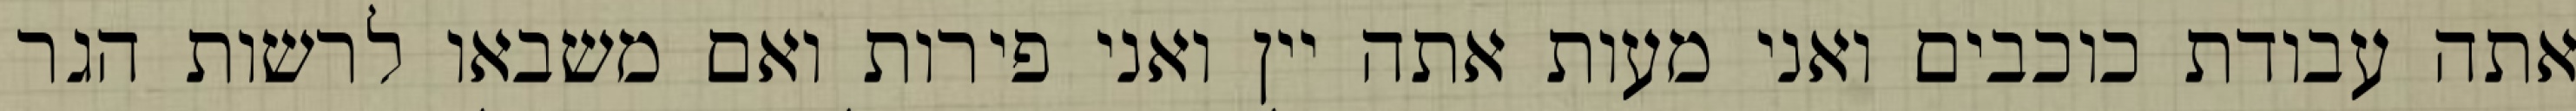
אתה עבודת כוכבים ואני מעות אתה יין ואני פירות ואם משבאו לרשות הגר